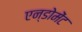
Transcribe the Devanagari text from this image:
एन्डोमेंट